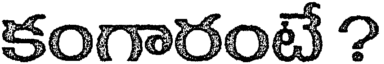
కంగారంటే ?